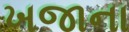
ખજાના